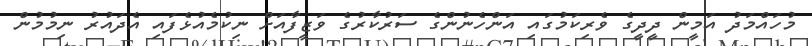
މުހައްމަދު އަމީން ދީދީގެ ވެރިކަމުގައި އަންހެނުންގެ ސަރުކާރުގެ ވަޒީފާއަށް ނިކުމެއުޅެފައި އެދައުރު ނިމުމުން